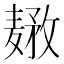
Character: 𱋤